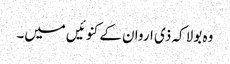
وہ بولا کہ ذی اروان کے کنوئیں میں۔